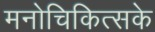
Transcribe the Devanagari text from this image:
मनोचिकित्सके